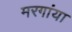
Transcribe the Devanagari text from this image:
मरगांया